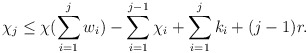
\begin{align*}\chi_j \leq \chi (\sum\limits_{i=1}^{j}w_i) -\sum\limits_{i=1}^{j-1}\chi_i+ \sum\limits_{i=1}^{j}k_i + (j-1)r.\end{align*}